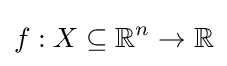
f:X\subseteq \mathbb {R} ^{n}\rightarrow \mathbb {R}